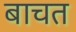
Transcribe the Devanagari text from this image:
बाचत